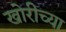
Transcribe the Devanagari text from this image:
खोरीच्या